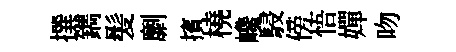
撰鐫髪劘擯橈巉駸傍悟嬋吻